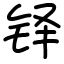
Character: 铎